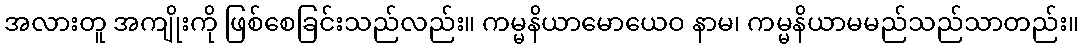
အလားတူ အကျိုးကို ဖြစ်စေခြင်းသည်လည်း။ ကမ္မနိယာမောယေဝ နာမ၊ ကမ္မနိယာမမည်သည်သာတည်း။